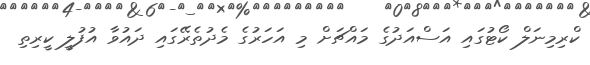
ކްރިމިނަލް ކޯޓުގައި އަސްއަދުގެ މައްޗަށް މި އަހަރުގެ މެދުތެރޭގައި ދައުވާ އުފުލީ ކީރިތި